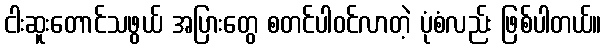
ငါးဆူးတောင်သဖွယ် အပြားတွေ စတင်ပါဝင်လာတဲ့ ပုံစံလည်း ဖြစ်ပါတယ်။